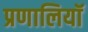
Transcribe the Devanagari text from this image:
प्रणालियॉ